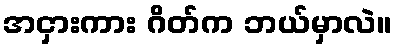
အငှားကား ဂိတ်က ဘယ်မှာလဲ။